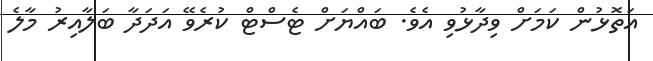
އަތޮޅުން ކަމަށް ވިދާޅުވި އެވެ. ބައްޔަށް ޓެސްޓް ކުރެވޭ އަދަދާ ބަލާއިރު މާލެ